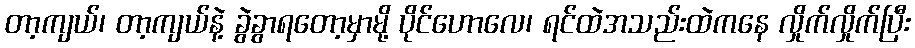
တာ့ကျယ်၊ တာ့ကျယ်နဲ့ ခွဲခွာရတော့မှာမို့ ပိုင်ဟောလေ၊ ရင်ထဲအသည်းထဲကနေ လှိုက်လှိုက်ပြီး